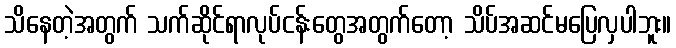
သိနေတဲ့အတွက် သက်ဆိုင်ရာလုပ်ငန်းတွေအတွက်တော့ သိပ်အဆင်မပြေလှပါဘူး။